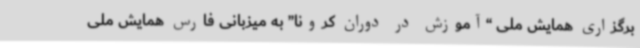
برگزاری همایش ملی “آموزش در دوران کرونا” به میزبانی فارس همایش ملی